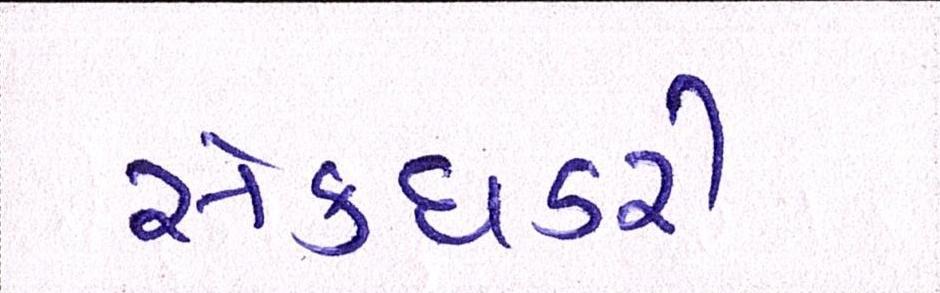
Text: સેક્ધડરી